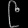
Digit: ၉